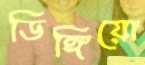
ডিঙ্গিয়ো